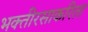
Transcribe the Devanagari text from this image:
भक्तीरसाकरिता